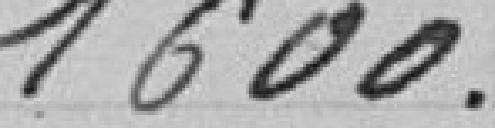
1600.